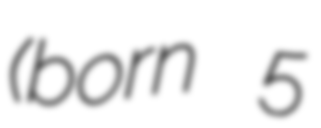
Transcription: (born 5